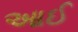
આઈ